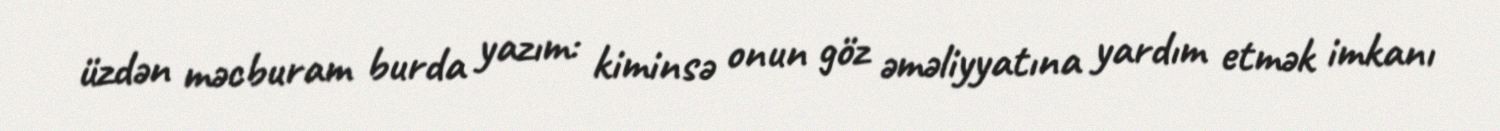
üzdən məcburam burda yazım: kiminsə onun göz əməliyyatına yardım etmək imkanı